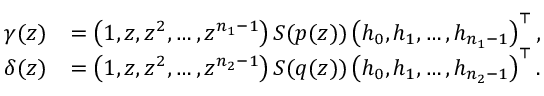
\begin{array} { r l } { \gamma ( z ) } & { = \left( 1 , z , z ^ { 2 } , \ldots , z ^ { n _ { 1 } - 1 } \right) S ( p ( z ) ) \left( h _ { 0 } , h _ { 1 } , \ldots , h _ { n _ { 1 } - 1 } \right) ^ { \top } , } \\ { \delta ( z ) } & { = \left( 1 , z , z ^ { 2 } , \ldots , z ^ { n _ { 2 } - 1 } \right) S ( q ( z ) ) \left( h _ { 0 } , h _ { 1 } , \ldots , h _ { n _ { 2 } - 1 } \right) ^ { \top } . } \end{array}